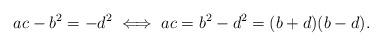
LaTeX: \begin{align*}ac -b^2 = -d^2 \iff ac = b^2-d^2 = (b +d) (b -d).\end{align*}